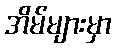
အိမ်များမှာ